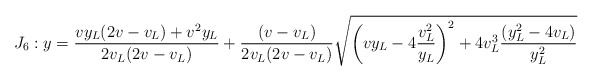
\begin{align*}J_6: y=\frac{vy_L(2v-v_L)+v^2y_L}{2v_L(2v-v_L)}+\frac{(v-v_L)}{2v_L(2v-v_L)}\sqrt{\left( v y_L-4\frac{v_L^2}{y_L}\right)^2+4v_L^3\frac{(y_L^2-4v_L)}{y_L^2}}\end{align*}